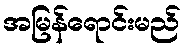
အမြန်ရောင်းမည်